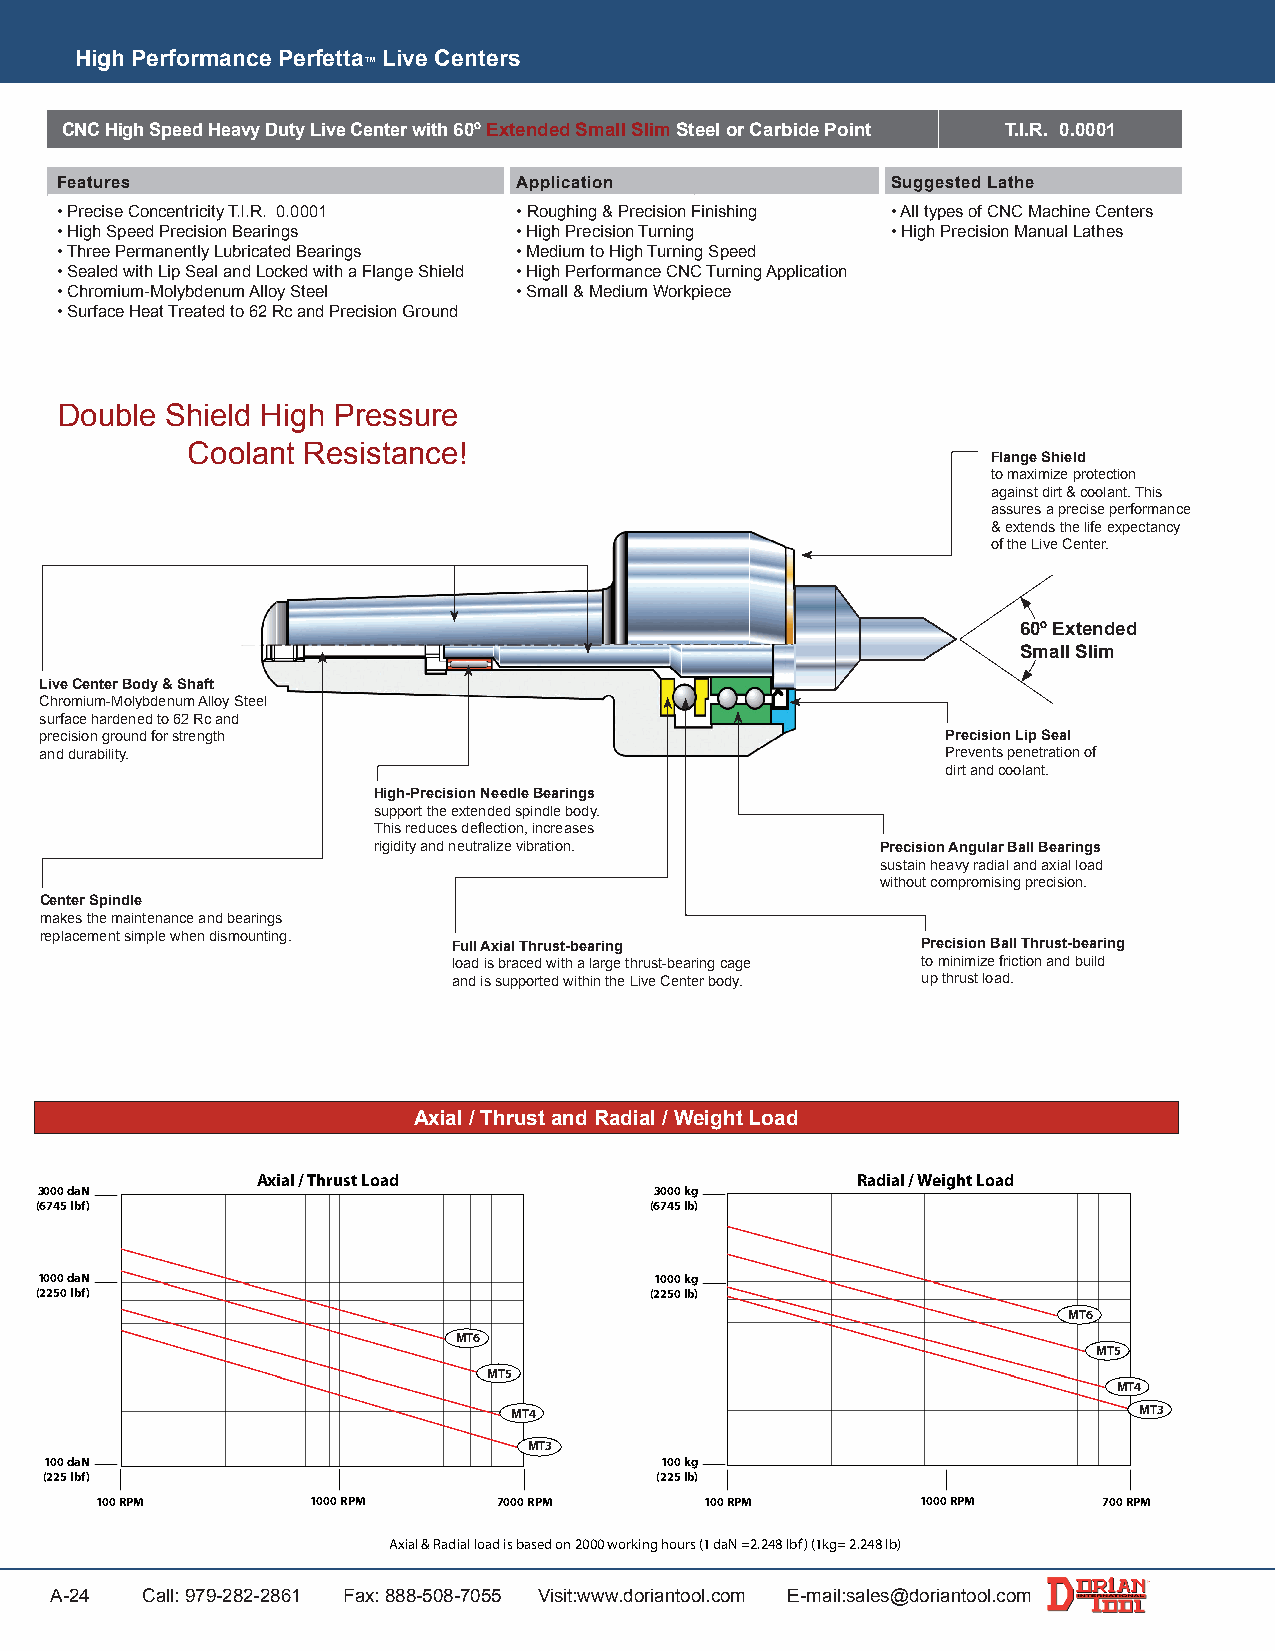
High Performance Perfetta Live Centers
 ™
 CNC High Speed Heavy Duty Live Center with 60º Extended Small Slim Steel or Carbide Point T.I.R. 0.0001
 Features                      Application              Suggested Lathe
 • Precise Concentricity T.I.R. 0.0001 • Roughing & Precision Finishing • All types of CNC Machine Centers
 • High Speed Precision Bearings • High Precision Turning • High Precision Manual Lathes
 • Three Permanently Lubricated Bearings • Medium to High Turning Speed
 • Sealed with Lip Seal and Locked with a Flange Shield • High Performance CNC Turning Application
 • Chromium-Molybdenum Alloy Steel • Small & Medium Workpiece
 • Surface Heat Treated to 62 Rc and Precision Ground
 Double Shield High Pressure
 Coolant Resistance!
 Flange Shield
 to maximize protection
 against dirt & coolant. This
 assures a precise performance
 & extends the life expectancy
 of the Live Center.
 60º Extended
 Small Slim
 Live Center Body & Shaft
 Chromium-Molybdenum Alloy Steel
 surface hardened to 62 Rc and
 precision ground for strength                               Precision Lip Seal
 and durability.                                             Prevents penetration of
 dirt and coolant.
 High-Precision Needle Bearings
 support the extended spindle body.
 This reduces deflection, increases
 rigidity and neutralize vibration. Precision Angular Ball Bearings
 sustain heavy radial and axial load
 without compromising precision.
 Center Spindle
 makes the maintenance and bearings
 replacement simple when dismounting.
 Full Axial Thrust-bearing      Precision Ball Thrust-bearing
 load is braced with a large thrust-bearing cage to minimize friction and build
 and is supported within the Live Center body. up thrust load.
 Axial / Thrust and Radial / Weight Load
 Axial / Thrust Load                     Radial / Weight Load
 3000 daN                                 3000 kg
 (6745 lbf)                               (6745 lb)
 1000 daN                                 1000 kg
 (2250 lbf)                               (2250 lb)
 MT6
 MT6
 MT5
 MT5
 MT4
 MT4                                      MT3
 MT3
 100 daN                                  100 kg
 (225 lbf)                               (225 lb)
 100 RPM        1000 RPM    7000 RPM      100 RPM       1000 RPM    700 RPM
 Axial & Radial load is based on 2000 working hours (1 daN =2.248 lbf) (1kg= 2.248 lb)
 A-24  Call: 979-282-2861 Fax: 888-508-7055 Visit:www.doriantool.com E-mail:sales@doriantool.com